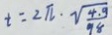
t = 2 \pi \cdot \sqrt { \frac { 4 . 9 } { 9 8 } }